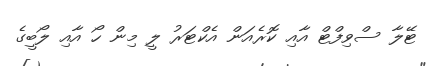
ޓޭލާ ސްވިފްޓް އާއި ކޮރެއަން އެކްޓަރު ލީ މިން ހޯ އާއި ލޯބީގެ